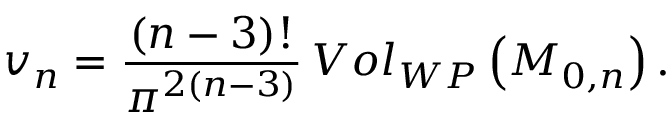
v _ { n } = \frac { ( n - 3 ) ! } { \pi ^ { 2 ( n - 3 ) } } \, V o l _ { W P } \left( { \cal M } _ { 0 , n } \right) .